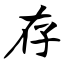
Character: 存